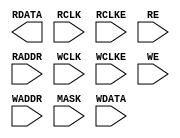
// This program was cloned from: https://github.com/rj45/rj32
// License: MIT License

/* verilator lint_off UNUSED */
/* verilator lint_off UNDRIVEN */
/* verilator lint_off DECLFILENAME */
(* blackbox *)
module SB_RAM40_4K (
	output [15:0] RDATA,
	input         RCLK,
	input         RCLKE ,
	input         RE,
	input  [10:0] RADDR,
	input         WCLK,
	input         WCLKE ,
	input         WE,
	input  [10:0] WADDR,
	input  [15:0] MASK,
	input  [15:0] WDATA
);

	parameter WRITE_MODE = 0;
	parameter READ_MODE = 0;

endmodule
/* verilator lint_on UNUSED */
/* verilator lint_on UNDRIVEN */